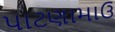
પાટણામાઉ